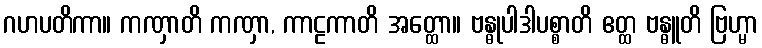
ဂဟပတိကာ။ ကဏှာတိ ကဏှာ, ကာဠကာတိ အတ္ထော။ ဗန္ဓုပါဒါပစ္စာတိ ဧတ္ထ ဗန္ဓူတိ ဗြဟ္မာ